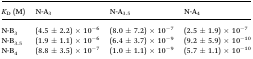
<table><thead><tr><td><b><i>K</i><sub>D</sub> (M)</b></td><td><b>N-A<sub>3</sub></b></td><td><b>N-A<sub>3.5</sub></b></td><td><b>N-A<sub>4</sub></b></td></tr></thead><tbody><tr><td>N-B<sub>3</sub></td><td>(4.5 ± 2.2) × 10<sup>–6</sup></td><td>(8.0 ± 7.2) × 10<sup>–7</sup></td><td>(2.5 ± 1.9) × 10<sup>–7</sup></td></tr><tr><td>N-B<sub>3.5</sub></td><td>(1.9 ± 1.1) × 10<sup>–6</sup></td><td>(6.4 ± 3.7) × 10<sup>–9</sup></td><td>(9.2 ± 5.9) × 10<sup>–10</sup></td></tr><tr><td>N-B<sub>4</sub></td><td>(8.8 ± 3.5) × 10<sup>–7</sup></td><td>(1.0 ± 1.1) × 10<sup>–9</sup></td><td>(5.7 ± 1.1) × 10<sup>–10</sup></td></tr></tbody></table>